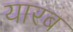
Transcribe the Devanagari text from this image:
यारब